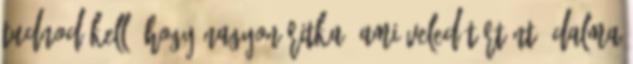
tudnod kell, hogy nagyon ritka, ami veled történt, Dalma